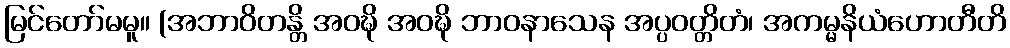
မြင်တော်မမူ။ (အဘာဝိတန္တိ အဝဍ္ဎိ အဝဍ္ဎိ ဘာဝနာသေန အပ္ပဝတ္တိတံ၊ အကမ္မနိယံဟောတီတိ